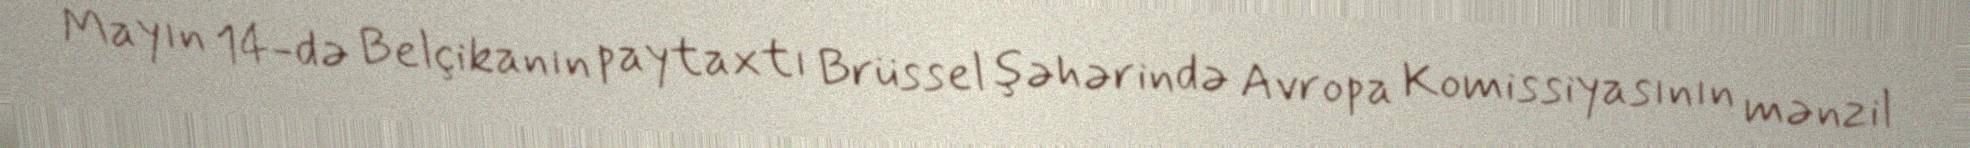
Mayın 14-də Belçikanın paytaxtı Brüssel şəhərində Avropa Komissiyasının mənzil